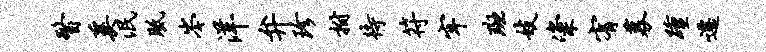
瞥奚泯胝岑洋弁珍拊待符牢斑妓粢宥募踵迁